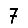
Digit: 7